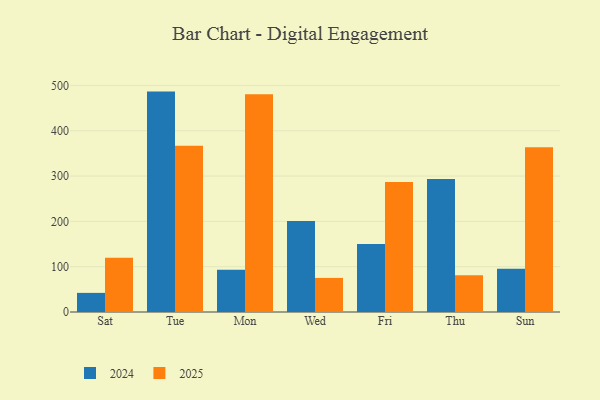
{"axis": {"x": "Day", "y": "Budget (USD K)"}, "legend": ["2024", "2025"], "data": [{"x": "Sat", "y": 120.0, "type": "2025"}, {"x": "Sat", "y": 42.2, "type": "2024"}, {"x": "Tue", "y": 366.8, "type": "2025"}, {"x": "Tue", "y": 486.4, "type": "2024"}, {"x": "Mon", "y": 480.8, "type": "2025"}, {"x": "Mon", "y": 93.5, "type": "2024"}, {"x": "Wed", "y": 75.2, "type": "2025"}, {"x": "Wed", "y": 201.1, "type": "2024"}, {"x": "Fri", "y": 286.7, "type": "2025"}, {"x": "Fri", "y": 150.0, "type": "2024"}, {"x": "Thu", "y": 81.3, "type": "2025"}, {"x": "Thu", "y": 293.7, "type": "2024"}, {"x": "Sun", "y": 363.6, "type": "2025"}, {"x": "Sun", "y": 95.2, "type": "2024"}]}